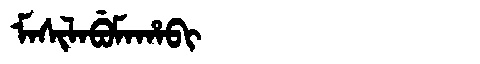
Manchu: ᠮᠠᠰᡳᠯᠠᠪᡠᠮᠠᡥᠠᠪᡳ
Romanization: MASILABUMAHABI